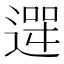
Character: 𮞮